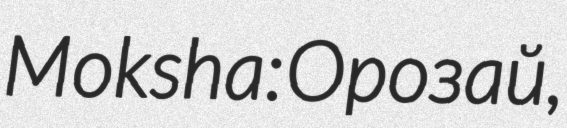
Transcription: Moksha: Орозай,